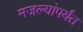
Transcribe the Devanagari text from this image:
मजल्यांपर्यंत